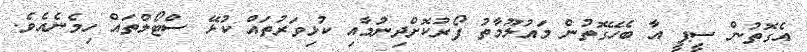
އެގޮތުން ސީޕީ އާ ބެހޭގޮތުން މައުލޫމާތު ފޯރުކޮށްދިނުމާއި ކުޅިވަރުތައް ކުޅޭ ސްޓޯލްތައް ހިމެނެއެވެ.